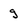
Character: g